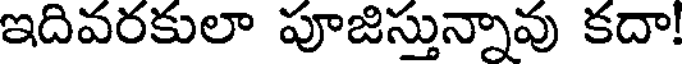
ఇదివరకులా పూజిస్తున్నావు కదా!